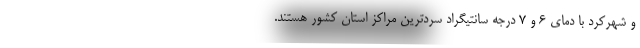
و شهرکرد با دمای ۶ و ۷ درجه سانتیگراد سردترین مراکز استان‌ کشور هستند.